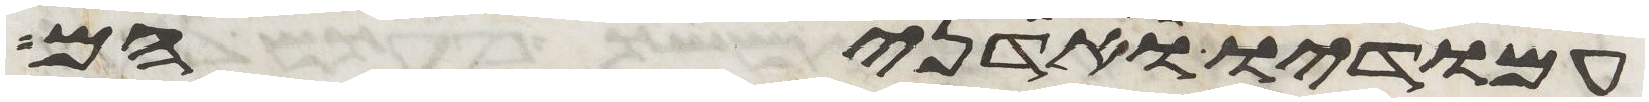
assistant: עמודיו ואדניהם